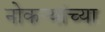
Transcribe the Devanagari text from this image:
नोकऱ्यांच्या